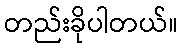
တည်းခိုပါတယ်။